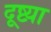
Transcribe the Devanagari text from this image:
दूष्ट्या